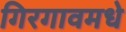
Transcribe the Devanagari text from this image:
गिरगावमधे